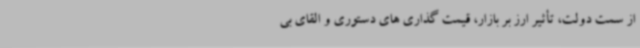
از سمت دولت، تأثیر ارز بر بازار، قیمت گذاری های دستوری و القای بی